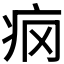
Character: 𰣢